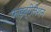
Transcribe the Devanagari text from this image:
फाइब्रीलेशन